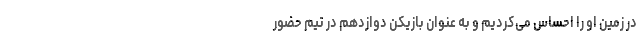
در زمین او را احساس می‌کردیم و به عنوان بازیکن دوازدهم در تیم حضور